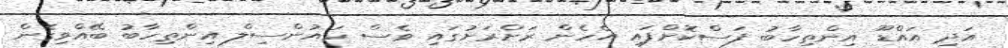
އަދި އައްޑޫ އިންތިހާބު ފަސްކޮށްފައި އެހެން ރަށްރަށުގައި ވެސް ކައުންސިލް އިންތިހާބު ބޭއްވިގެން